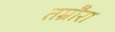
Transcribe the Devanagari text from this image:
तम्रौरा